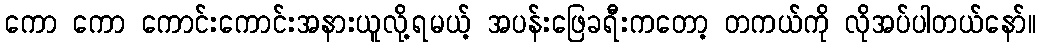
ကော ကော ကောင်းကောင်းအနားယူလို့ရမယ့် အပန်းဖြေခရီးကတော့ တကယ်ကို လိုအပ်ပါတယ်နော်။